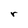
Character: r